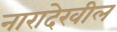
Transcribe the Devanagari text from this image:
नारादेखील